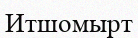
Итшомырт